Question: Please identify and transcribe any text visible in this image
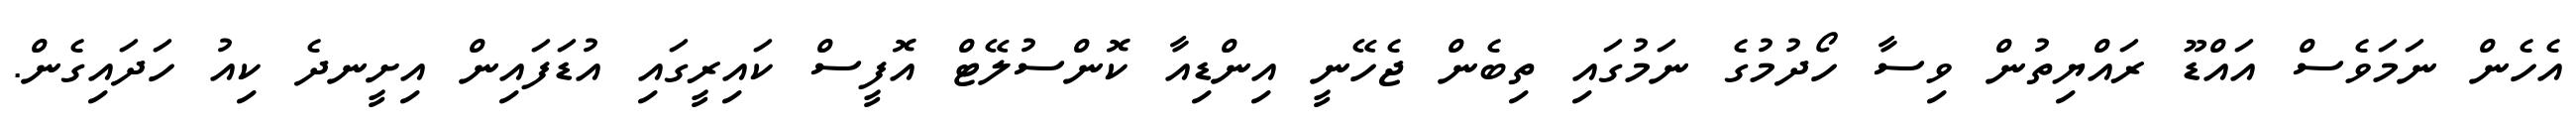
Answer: އެހެން ނަމަވެސް އައްޑޫ ރައްޔިތުން ވިސާ ހޯދުމުގެ ނަމުގައި ތިބެން ޖެހޭނީ އިންޑިއާ ކޮންސުލޭޓް އޮފީސް ކައިރީގައި އުޑަފައިން އިށީނދެ ކިއު ހަދައިގެން.